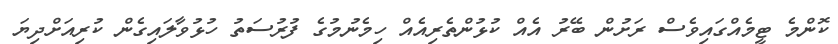
ކޮންމެ ޓީމެއްގައިވެސް ރަށުން ބޭރު އެއް ކުޅުންތެރިއެއް ހިމެނުމުގެ ފުރުސަަތު ހުޅުވާލައިގެން ކުރިއަށްދިޔަ